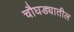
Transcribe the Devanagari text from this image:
चौघड्यातील